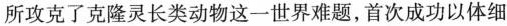
所攻克了克隆灵长类动物这一世界难题，首次成功以体细